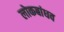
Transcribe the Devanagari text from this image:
लोकबांधव